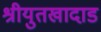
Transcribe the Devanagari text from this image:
श्रीयुतखादाड